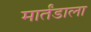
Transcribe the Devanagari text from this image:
मार्तंडाला